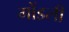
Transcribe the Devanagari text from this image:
गोंडली